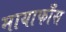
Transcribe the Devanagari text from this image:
मायाफाँस